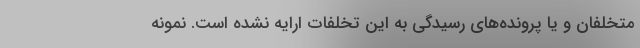
متخلفان و یا پرونده‌های رسیدگی به این تخلفات ارایه نشده است. نمونه